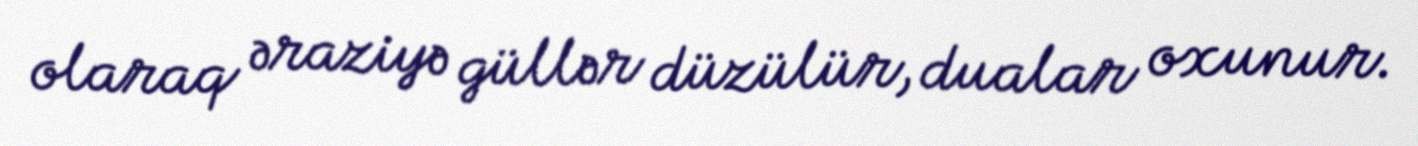
olaraq əraziyə güllər düzülür, dualar oxunur.